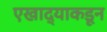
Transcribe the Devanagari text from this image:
एखाद्याकडून